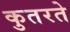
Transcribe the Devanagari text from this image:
कुतरते